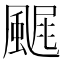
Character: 𩘂